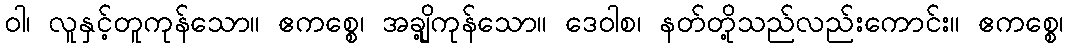
ဝါ၊ လူနှင့်တူကုန်သော။ ဧကစ္စေ၊ အချို့ကုန်သော။ ဒေဝါစ၊ နတ်တို့သည်လည်းကောင်း။ ဧကစ္စေ၊